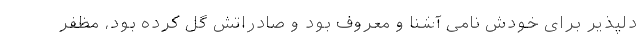
دلپذیر برای خودش نامی آشنا و معروف بود و صادراتش گل کرده بود، مظفر